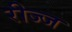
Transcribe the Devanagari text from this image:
रीज्ज